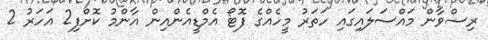
ރިޟްވާން މައްސަލައިގައި ހަތަރު މީހެއްގެ ފޮޓޯ އެމްޑީއެންއިން އާންމު ކޮށްފި2 އަހަރު 2